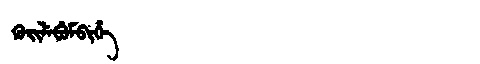
Manchu: ᡴᡠᡳᠯᡝᠪᡠᠮᠪᡳᡥᡝ
Romanization: KUILEBUMBIHE